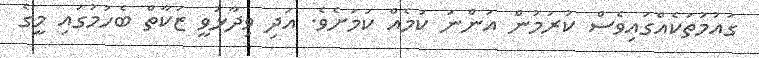
ގައުމުތަކެއްގައިވެސް ކުރަމުން އަންނަ ކަމެއް ކަމަށެވެ. އަދި ވިދާޅުވީ ޒަކާތް ބެހުމުގައި މީގެ